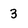
Character: 3